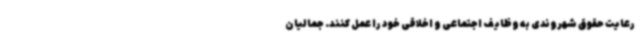
رعایت حقوق شهروندی به وظایف اجتماعی و اخلاقی خود را عمل کنند. جمالیان